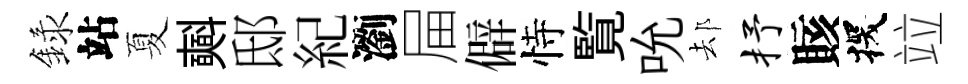
録站夏𣂏邸紀瀏屇僻恃覧吮𨚫抒賅探竝